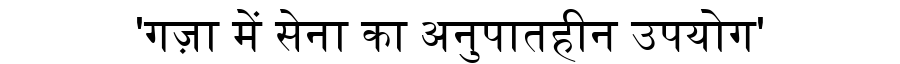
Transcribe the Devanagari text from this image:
'गज़ा में सेना का अनुपातहीन उपयोग'